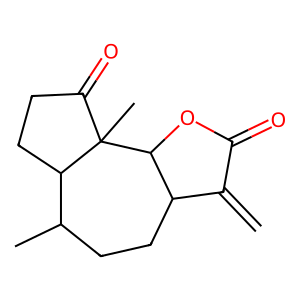
SMILES: C=C1C(=O)OC2C1CCC(C)C1CCC(=O)C12C
Inhibits HIV replication: No